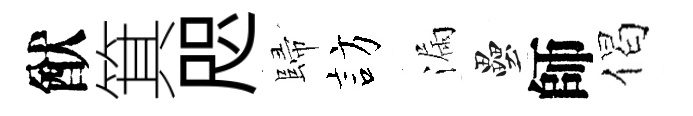
猷箕咫歸訪漏壘師偈